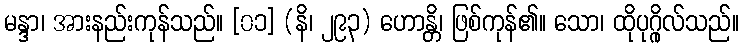
မန္ဒာ၊ အားနည်းကုန်သည်။ [၀၁] (နိ၊ ၂၉၃) ဟောန္တိ၊ ဖြစ်ကုန်၏။ သော၊ ထိုပုဂ္ဂိုလ်သည်။